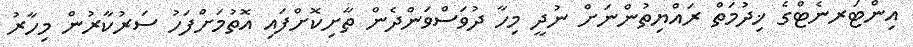
އިންޓަރނެޓްގެ ޚިދުމަތް ރައްޔިތުންނަށް ނުދީ މިހާ ދުވަސްވަންދެން ތާށިކޮށްފައި އޮތުމަށްފަހު ސަރުކާރުން މިހާރު